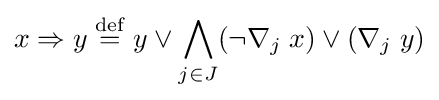
x\Rightarrow y\;{\overset {\mathrm {def} }{=}}\;y\vee \bigwedge _{j\in J}(\neg \nabla _{j}\;x)\vee (\nabla _{j}\;y)